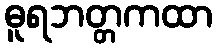
ဓူရဘတ္တကထာ